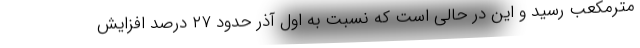
مترمکعب رسید و این در حالی است که نسبت به اول آذر حدود ۲۷ درصد افزایش